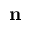
\mathbf { n }